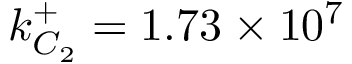
k _ { C _ { 2 } } ^ { + } = 1 . 7 3 \times 1 0 ^ { 7 }